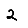
Digit: 2